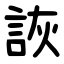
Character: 詼